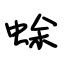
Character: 蜍